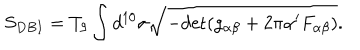
S _ { D B I } = T _ { 9 } \int d ^ { 1 0 } \sigma \sqrt { - \mathrm { d e t } ( g _ { \alpha \beta } + 2 \pi \alpha ^ { \prime } F _ { \alpha \beta } ) } .